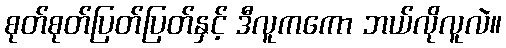
စုတ်စုတ်ပြတ်ပြတ်နှင့် ဒီလူကကော ဘယ်လိုလူလဲ။